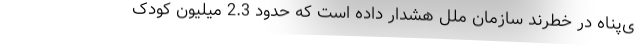
ی‌پناه در خطرند سازمان ملل هشدار داده است که حدود 2.3 میلیون کودک